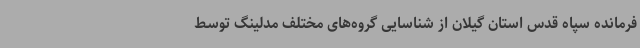
فرمانده سپاه قدس استان گیلان از شناسایی گروه‌های مختلف مدلینگ توسط